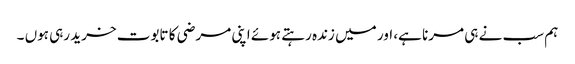
ہم سب نے ہی مرنا ہے، اور میں زندہ رہتے ہوئے اپنی مرضی کا تابوت خرید رہی ہوں ۔